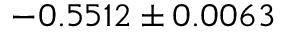
- 0 . 5 5 1 2 \pm 0 . 0 0 6 3